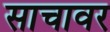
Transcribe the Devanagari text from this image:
साचावर